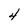
Character: 4